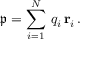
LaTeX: { \mathfrak { p } } = \sum _ { i = 1 } ^ { N } \, q _ { i } \, \mathbf { r } _ { i } \, .